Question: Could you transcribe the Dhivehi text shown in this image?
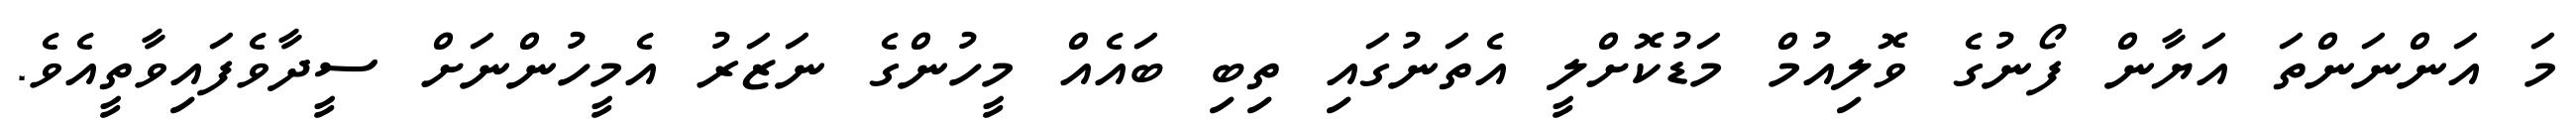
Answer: މަ އަންނަންތަ އަޔާން ފޯނުގެ ވޮލިއުމް މަޑުކޮށްލީ އެތަނުގައި ތިބި ބައެއް މީހުންގެ ނަޒަރު އެމީހުންނަށް ސީދާވެފައިވާތީއެވެ.